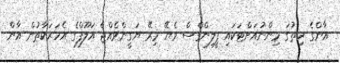
އާންގެ ހިތުގަ މިންނުއަށްޓަކައި ފީލިންގްސް ވެޔޭ މިރޭ ޔަގީންވެެއްޖެ އަލޫފްގެ އެހަރަކާތުން އާން